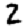
Digit: 2